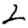
Digit: 2